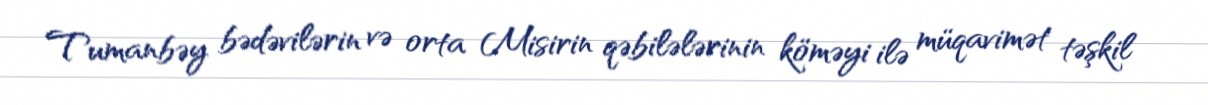
Tumanbəy bədəvilərin və orta Misirin qəbilələrinin köməyi ilə müqavimət təşkil